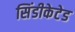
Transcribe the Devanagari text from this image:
सिंडीकेटेड